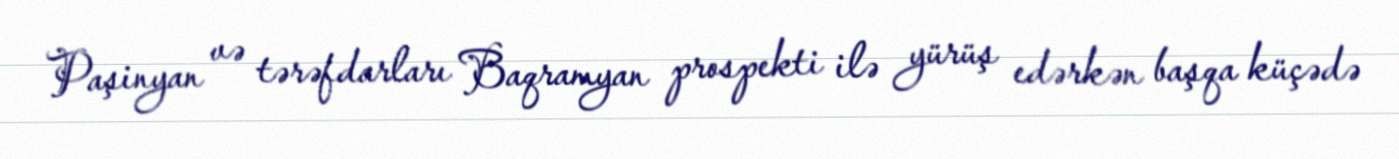
Paşinyan və tərəfdarları Baqramyan prospekti ilə yürüş edərkən başqa küçədə